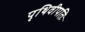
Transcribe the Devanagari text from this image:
पृथिवीपतिः